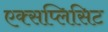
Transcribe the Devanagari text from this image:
एक्सप्लिसिट